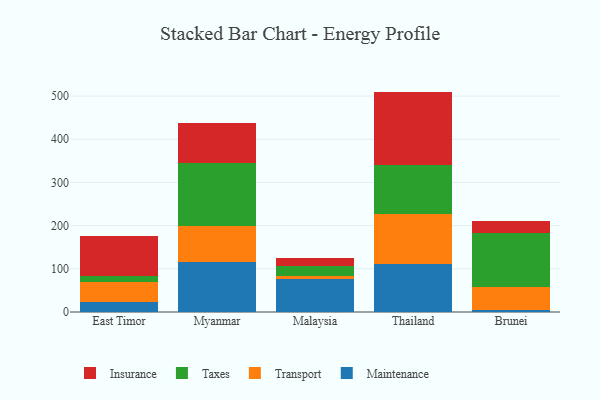
{"axis": {"x": "Country", "y": "Page Views"}, "legend": ["Insurance", "Maintenance", "Taxes", "Transport"], "data": [{"x": "East Timor", "y": 23.6, "type": "Maintenance"}, {"x": "East Timor", "y": 45.4, "type": "Transport"}, {"x": "East Timor", "y": 14.2, "type": "Taxes"}, {"x": "East Timor", "y": 91.7, "type": "Insurance"}, {"x": "Myanmar", "y": 114.7, "type": "Maintenance"}, {"x": "Myanmar", "y": 84.0, "type": "Transport"}, {"x": "Myanmar", "y": 147.1, "type": "Taxes"}, {"x": "Myanmar", "y": 91.4, "type": "Insurance"}, {"x": "Malaysia", "y": 77.4, "type": "Maintenance"}, {"x": "Malaysia", "y": 6.7, "type": "Transport"}, {"x": "Malaysia", "y": 21.8, "type": "Taxes"}, {"x": "Malaysia", "y": 19.1, "type": "Insurance"}, {"x": "Thailand", "y": 112.1, "type": "Maintenance"}, {"x": "Thailand", "y": 114.5, "type": "Transport"}, {"x": "Thailand", "y": 114.6, "type": "Taxes"}, {"x": "Thailand", "y": 169.2, "type": "Insurance"}, {"x": "Brunei", "y": 5.5, "type": "Maintenance"}, {"x": "Brunei", "y": 52.7, "type": "Transport"}, {"x": "Brunei", "y": 125.9, "type": "Taxes"}, {"x": "Brunei", "y": 27.7, "type": "Insurance"}]}